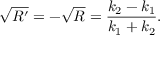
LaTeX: { \sqrt { R ^ { \prime } } } = - { \sqrt { R } } = { \frac { k _ { 2 } - k _ { 1 } } { k _ { 1 } + k _ { 2 } } } .